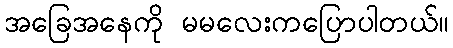
အခြေအနေကို မမလေးကပြောပါတယ်။